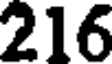
216